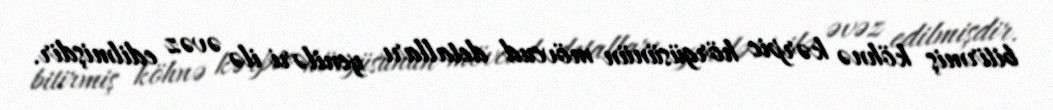
bitirmiş köhnə kərpic hörgüsünün mövcud detalları yeniləri ilə əvəz edilmişdir.